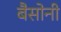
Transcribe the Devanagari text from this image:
बैसोनी